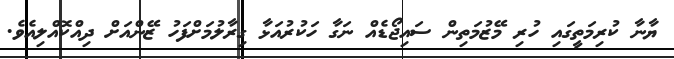
ޔާނާ ކުރިމަތީގައި ހުރި މޭޒުމަތިން ސައިޖޯޑެއް ނަގާ ހަކުރުއަޅާ ގިރާލުމަށްފަހު ޒޭންއަށް ދިއްކޮއްލިއެވެ.